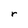
Character: r